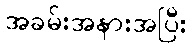
အခမ်းအနားအပြီး